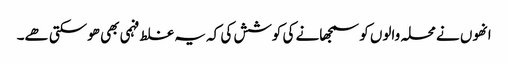
انھوں نے محلہ والوں کو سمجھانے کی کوشش کی کہ یہ غلط فہمی بھی ھوسکتی ھے۔